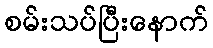
စမ်းသပ်ပြီးနောက်